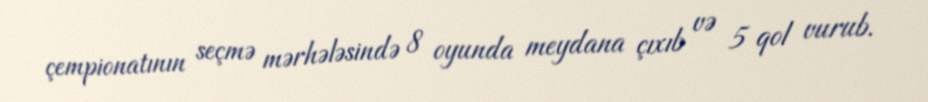
çempionatının seçmə mərhələsində 8 oyunda meydana çıxıb və 5 qol vurub.